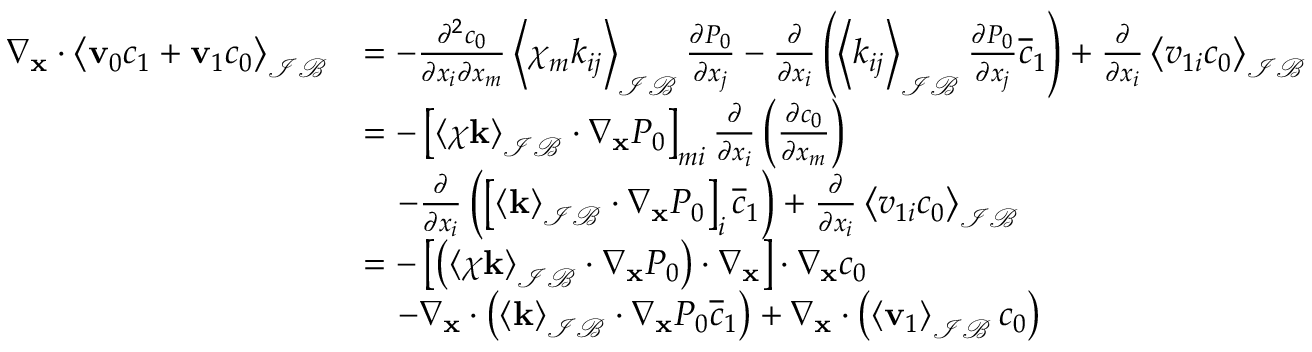
\begin{array} { r l } { \nabla _ { \mathbf x } \cdot \left\langle \mathbf v _ { 0 } c _ { 1 } + \mathbf v _ { 1 } c _ { 0 } \right\rangle _ { \mathcal { I B } } } & { = - \frac { \partial ^ { 2 } c _ { 0 } } { \partial x _ { i } \partial x _ { m } } \left\langle \chi _ { m } k _ { i j } \right\rangle _ { \mathcal { I B } } \frac { \partial P _ { 0 } } { \partial x _ { j } } - \frac { \partial } { \partial x _ { i } } \left( \left\langle k _ { i j } \right\rangle _ { \mathcal { I B } } \frac { \partial P _ { 0 } } { \partial x _ { j } } \overline { { c } } _ { 1 } \right) + \frac { \partial } { \partial x _ { i } } \left\langle v _ { 1 i } c _ { 0 } \right\rangle _ { \mathcal { I B } } } \\ & { = - \left[ \left\langle \boldsymbol \chi \mathbf k \right\rangle _ { \mathcal { I B } } \cdot \nabla _ { \mathbf x } P _ { 0 } \right] _ { m i } \frac { \partial } { \partial x _ { i } } \left( \frac { \partial c _ { 0 } } { \partial x _ { m } } \right) } \\ & { \quad - \frac { \partial } { \partial x _ { i } } \left( \left[ \left\langle \mathbf k \right\rangle _ { \mathcal { I B } } \cdot \nabla _ { \mathbf x } P _ { 0 } \right] _ { i } \overline { { c } } _ { 1 } \right) + \frac { \partial } { \partial x _ { i } } \left\langle v _ { 1 i } c _ { 0 } \right\rangle _ { \mathcal { I B } } } \\ & { = - \left[ \left( \left\langle \boldsymbol \chi \mathbf k \right\rangle _ { \mathcal { I B } } \cdot \nabla _ { \mathbf x } P _ { 0 } \right) \cdot \nabla _ { \mathbf x } \right] \cdot \nabla _ { \mathbf x } c _ { 0 } } \\ & { \quad - \nabla _ { \mathbf x } \cdot \left( \left\langle \mathbf k \right\rangle _ { \mathcal { I B } } \cdot \nabla _ { \mathbf x } P _ { 0 } \overline { { c } } _ { 1 } \right) + \nabla _ { \mathbf x } \cdot \left( \left\langle \mathbf v _ { 1 } \right\rangle _ { \mathcal { I B } } c _ { 0 } \right) } \end{array}